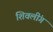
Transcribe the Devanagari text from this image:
शिवलींग